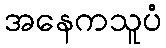
အနေကသူပံ